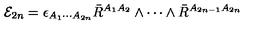
{ \cal E } _ { 2 n } = \epsilon _ { A _ { 1 } \cdots A _ { 2 n } } \bar { R } ^ { A _ { 1 } A _ { 2 } } \wedge \cdots \wedge \bar { R } ^ { A _ { 2 n - 1 } A _ { 2 n } }